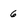
Character: 6